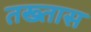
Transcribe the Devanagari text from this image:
तख्तास